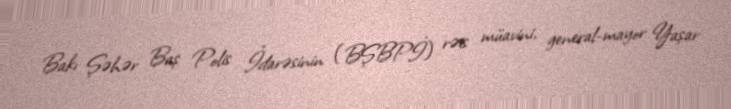
Bakı Şəhər Baş Polis İdarəsinin (BŞBPİ) rəis müavini, general-mayor Yaşar